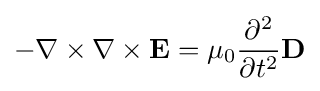
-\nabla \times \nabla \times \mathbf {E} =\mu _{0}{\frac {\partial ^{2}}{\partial t^{2}}}\mathbf {D}